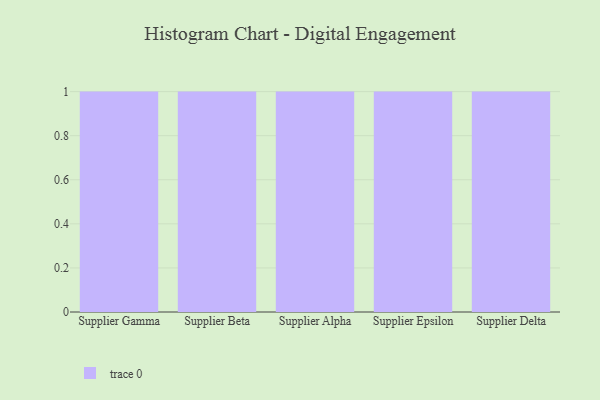
{"axis": {"x": "Supplier", "y": "Net Income (USD K)"}, "legend": [""], "data": [{"x": "Supplier Gamma", "y": 42, "type": ""}, {"x": "Supplier Beta", "y": 89, "type": ""}, {"x": "Supplier Alpha", "y": 84, "type": ""}, {"x": "Supplier Epsilon", "y": 52, "type": ""}, {"x": "Supplier Delta", "y": 99, "type": ""}]}